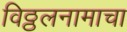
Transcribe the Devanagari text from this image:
विठ्ठलनामाचा